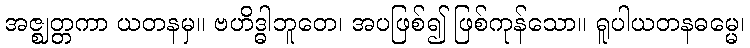
အဇ္ဈတ္တကာ ယတနမှ။ ဗဟိဒ္ဓါဘူတေ၊ အပဖြစ်၍ ဖြစ်ကုန်သော။ ရူပါယတနဓမ္မေ၊